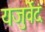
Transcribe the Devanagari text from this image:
यजुर्वेदं